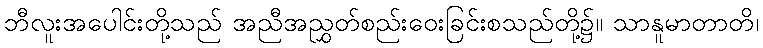
ဘီလူးအပေါင်းတို့သည် အညီအညွှတ်စည်းဝေးခြင်းစသည်တို့၌။ သာနူမာတာတိ၊